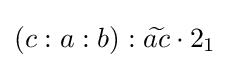
(c:a:b):{\widetilde {ac}}\cdot 2_{1}